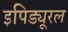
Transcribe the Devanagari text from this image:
इपिड्यूरल